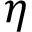
\eta